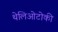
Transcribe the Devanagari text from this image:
थेलिओटोकी